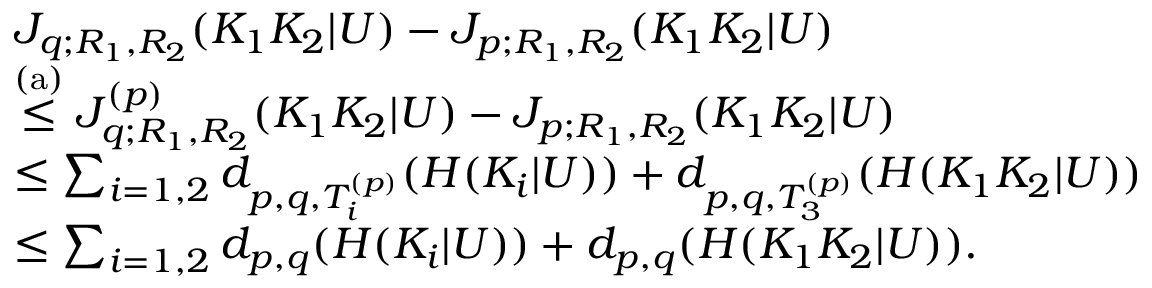
\begin{array} { r l } & { J _ { q ; R _ { 1 } , R _ { 2 } } ( K _ { 1 } K _ { 2 } | U ) - J _ { p ; R _ { 1 } , R _ { 2 } } ( K _ { 1 } K _ { 2 } | U ) } \\ & { \stackrel { \mathrm { ( a ) } } { \leq } J _ { q ; R _ { 1 } , R _ { 2 } } ^ { ( p ) } ( K _ { 1 } K _ { 2 } | U ) - J _ { p ; R _ { 1 } , R _ { 2 } } ( K _ { 1 } K _ { 2 } | U ) } \\ & { \leq \sum _ { i = 1 , 2 } d _ { p , q , { \cal T } _ { i } ^ { ( p ) } } ( H ( K _ { i } | U ) ) + d _ { p , q , { \cal T } _ { 3 } ^ { ( p ) } } ( H ( K _ { 1 } K _ { 2 } | U ) ) } \\ & { \leq \sum _ { i = 1 , 2 } d _ { p , q } ( H ( K _ { i } | U ) ) + d _ { p , q } ( H ( K _ { 1 } K _ { 2 } | U ) ) . } \end{array}